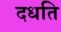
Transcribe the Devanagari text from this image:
दधति